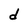
Character: d